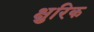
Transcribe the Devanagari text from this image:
क्षुरिक